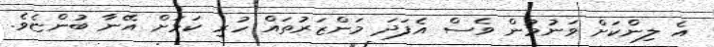
އެ ލިންކަށް ވަނުމުން ވެސް އެފަދަ މަންޒަރުތައް ހުރި ކަމަށް އޭނާ ބުންޏެވެ.